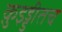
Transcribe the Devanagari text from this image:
क़ुइड्डीतच